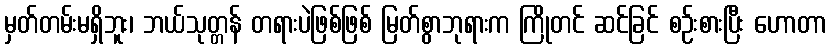
မှတ်တမ်းမရှိဘူး၊ ဘယ်သုတ္တန် တရားပဲဖြစ်ဖြစ် မြတ်စွာဘုရားက ကြိုတင် ဆင်ခြင် စဉ်းစားပြီး ဟောတာ